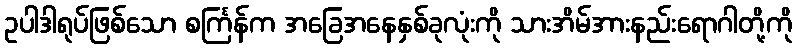
ဥပါဒါရုပ်ဖြစ်သော စင်္ကြန်က အခြေအနေနှစ်ခုလုံးကို သားအိမ်အားနည်းရောဂါတို့ကို